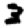
Digit: 3